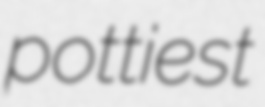
pottiest